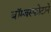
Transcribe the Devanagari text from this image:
बॉम्बस्फोटाने